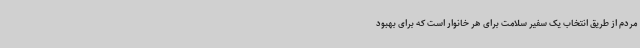
مردم از طریق انتخاب یک سفیر سلامت برای هر خانوار است که برای بهبود